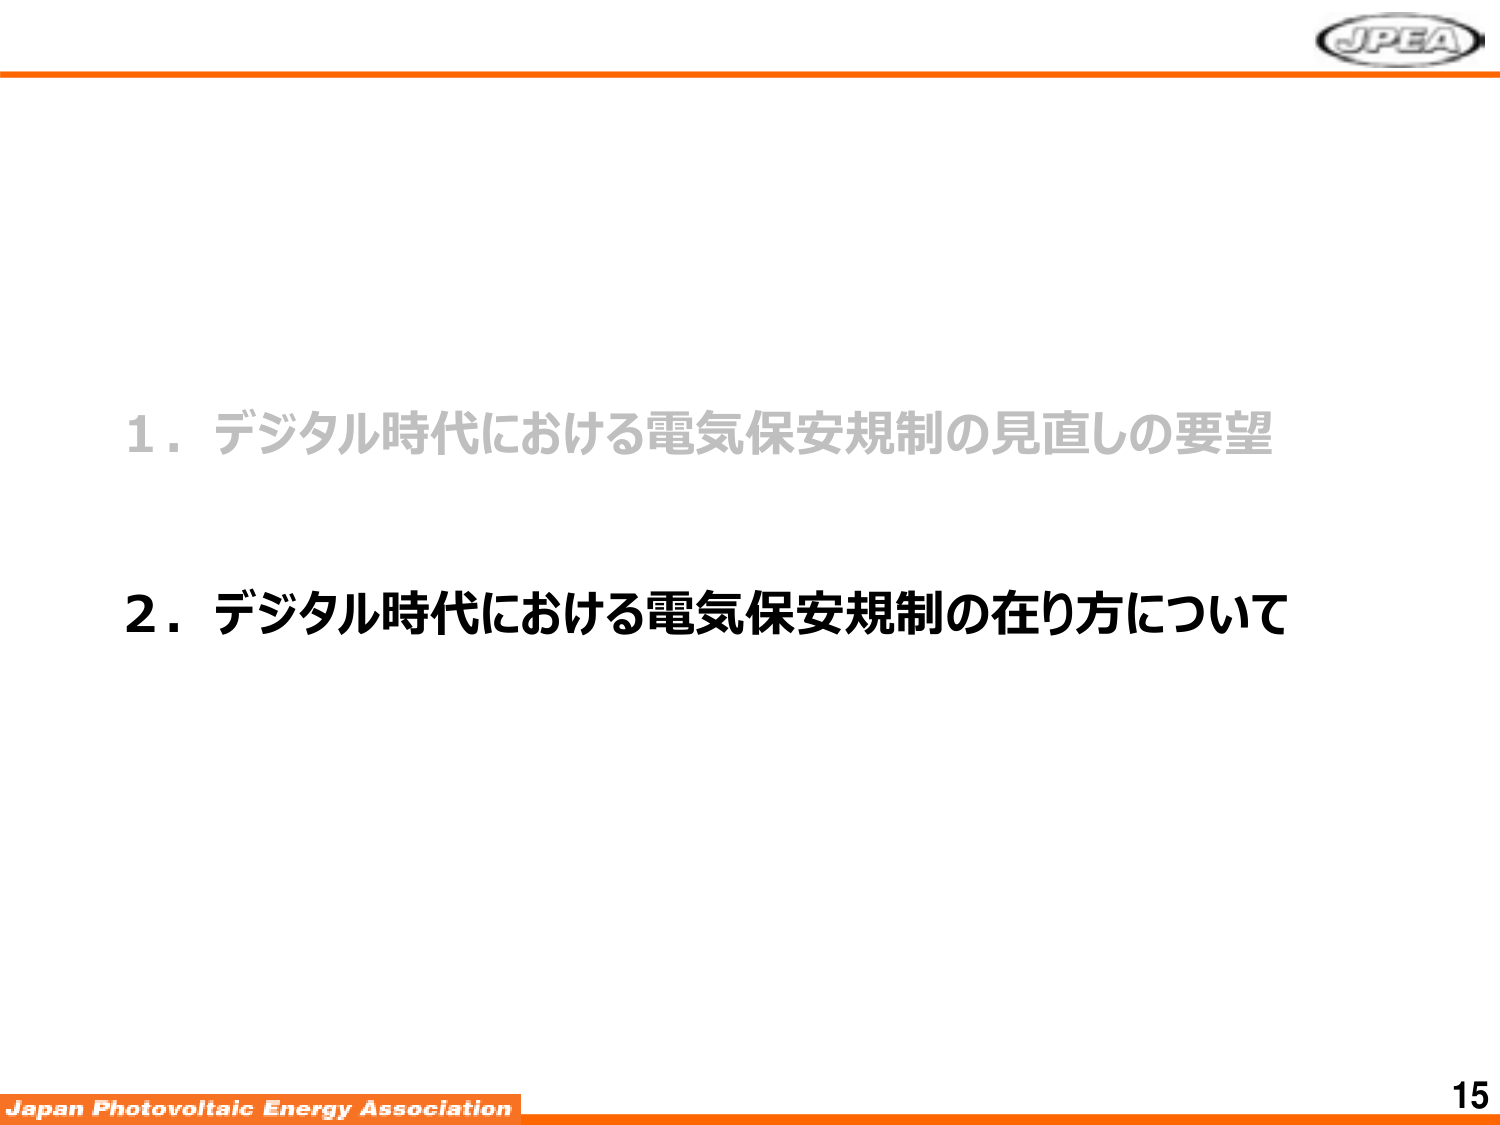
1．デジタル時代における電気保安規制の見直しの要望
2．デジタル時代における電気保安規制の在り方について

Japan Photovoltaic Energy Association
15
JPEA